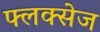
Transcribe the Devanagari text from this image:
फ्लक्‍सेज